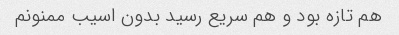
هم تازه بود و هم سریع رسید بدون اسیب ممنونم